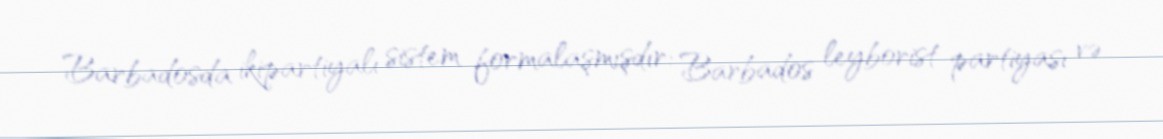
Barbadosda ikipartiyalı sistem formalaşmışdır: Barbados leyborist partiyası və